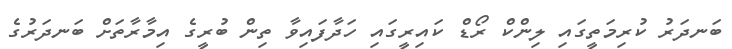
ބަނދަރު ކުރިމަތީގައި ލިންކް ރޯޑް ކައިރީގައި ހަދާފައިވާ ތިން ބުރީގެ އިމާރާތަށް ބަނދަރުގެ